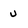
Character: u